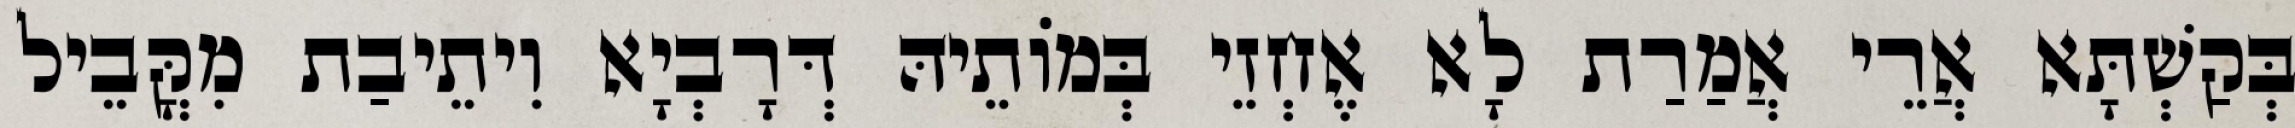
בְּקַשְׁתָּא אֲרֵי אֲמַרַת לָא אֶחְזֵי בְּמוֹתֵיהּ דְּרָבְיָא וִיתֵיבַת מִקֳּבֵיל